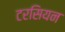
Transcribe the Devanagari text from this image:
टरसियन